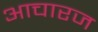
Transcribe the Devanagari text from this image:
आचारज